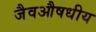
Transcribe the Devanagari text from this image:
जैवऔषधीय